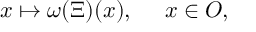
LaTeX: x \mapsto \omega ( \Xi ) ( x ) , \quad \ x \in { \cal O } ,